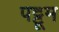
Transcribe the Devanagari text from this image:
पट्टूम